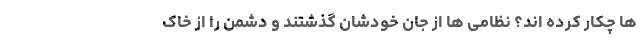
ها چکار کرده اند؟ نظامی ها از جان خودشان گذشتند و دشمن را از خاک